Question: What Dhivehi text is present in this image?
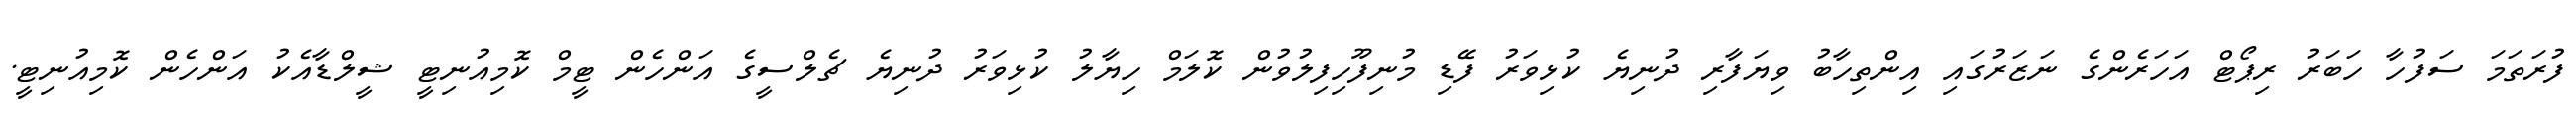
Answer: ފުރަތަމަ ސަފުހާ ހަބަރު ރިޕޯޓް އަހަރެންގެ ނަޒަރުގައި އިންތިހާބު ވިޔަފާރި ދުނިޔެ ކުޅިވަރު ފޭޑި މުނިފޫހިފިލުވުން ކޮލަމް ހިޔާލު ކުޅިވަރު ދުނިޔެ ޗެލްސީގެ އަންހެން ޓީމް ކޮމިއުނިޓީ ޝީލްޑާއެކު އަންހެން ކޮމިއުނިޓީ.